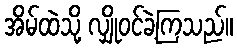
အိမ်ထဲသို့ လျှိုဝင်ခဲ့ကြသည်။